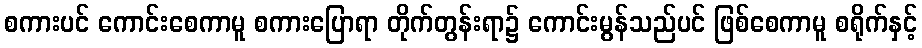
စကားပင် ကောင်းစေကာမူ စကားပြောရာ တိုက်တွန်းရာ၌ ကောင်းမွန်သည်ပင် ဖြစ်စေကာမူ စရိုက်နှင့်